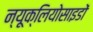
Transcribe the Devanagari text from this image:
न्यूक्लियोसाइडों